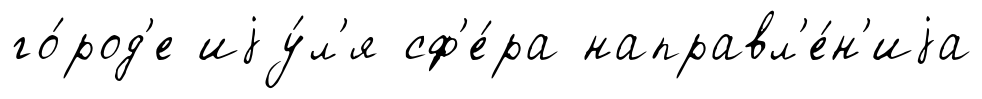
го́род'е иjу́л'я сф'е́ра направл'е́н'иjа